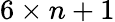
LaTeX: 6\times n+1